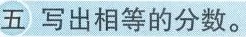
五 写出相等的分数。